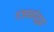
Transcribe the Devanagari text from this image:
गजचर्मसुद्धा